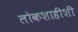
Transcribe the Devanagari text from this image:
लोकशाहीशी